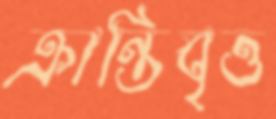
ক্রান্তিবৃত্ত